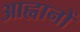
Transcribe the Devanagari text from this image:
आह्वानों